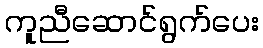
ကူညီဆောင်ရွက်ပေး